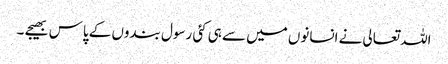
اللہ تعالی نے انسانوں میں سے ہی کئی رسول بندوں کے پاس بھیجے ۔